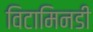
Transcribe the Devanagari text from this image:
विटामिनडी